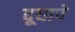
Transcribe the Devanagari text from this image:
दूधाचे